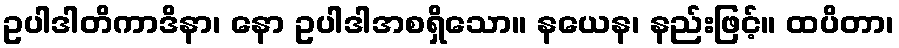
ဥပါဒါတိကာဒိနာ၊ နော ဥပါဒါအစရှိသော။ နယေန၊ နည်းဖြင့်။ ထပိတာ၊